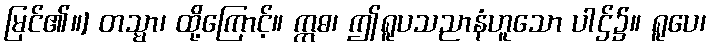
မြင်၏။] တသ္မာ၊ ထို့ကြောင့်။ ဣဓ၊ ဤရူပသညာနံဟူသော ပါဌ်၌။ ရူပေ၊